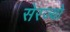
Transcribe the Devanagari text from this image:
सेरज्यो